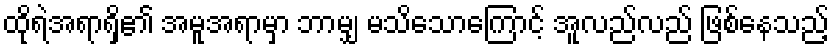
ထိုရဲအရာရှိ၏ အမူအရာမှာ ဘာမျှ မသိသောကြောင့် အူလည်လည် ဖြစ်နေသည့်